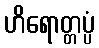
ဟိရောတ္တပ္ပံ